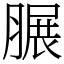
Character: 𦟌